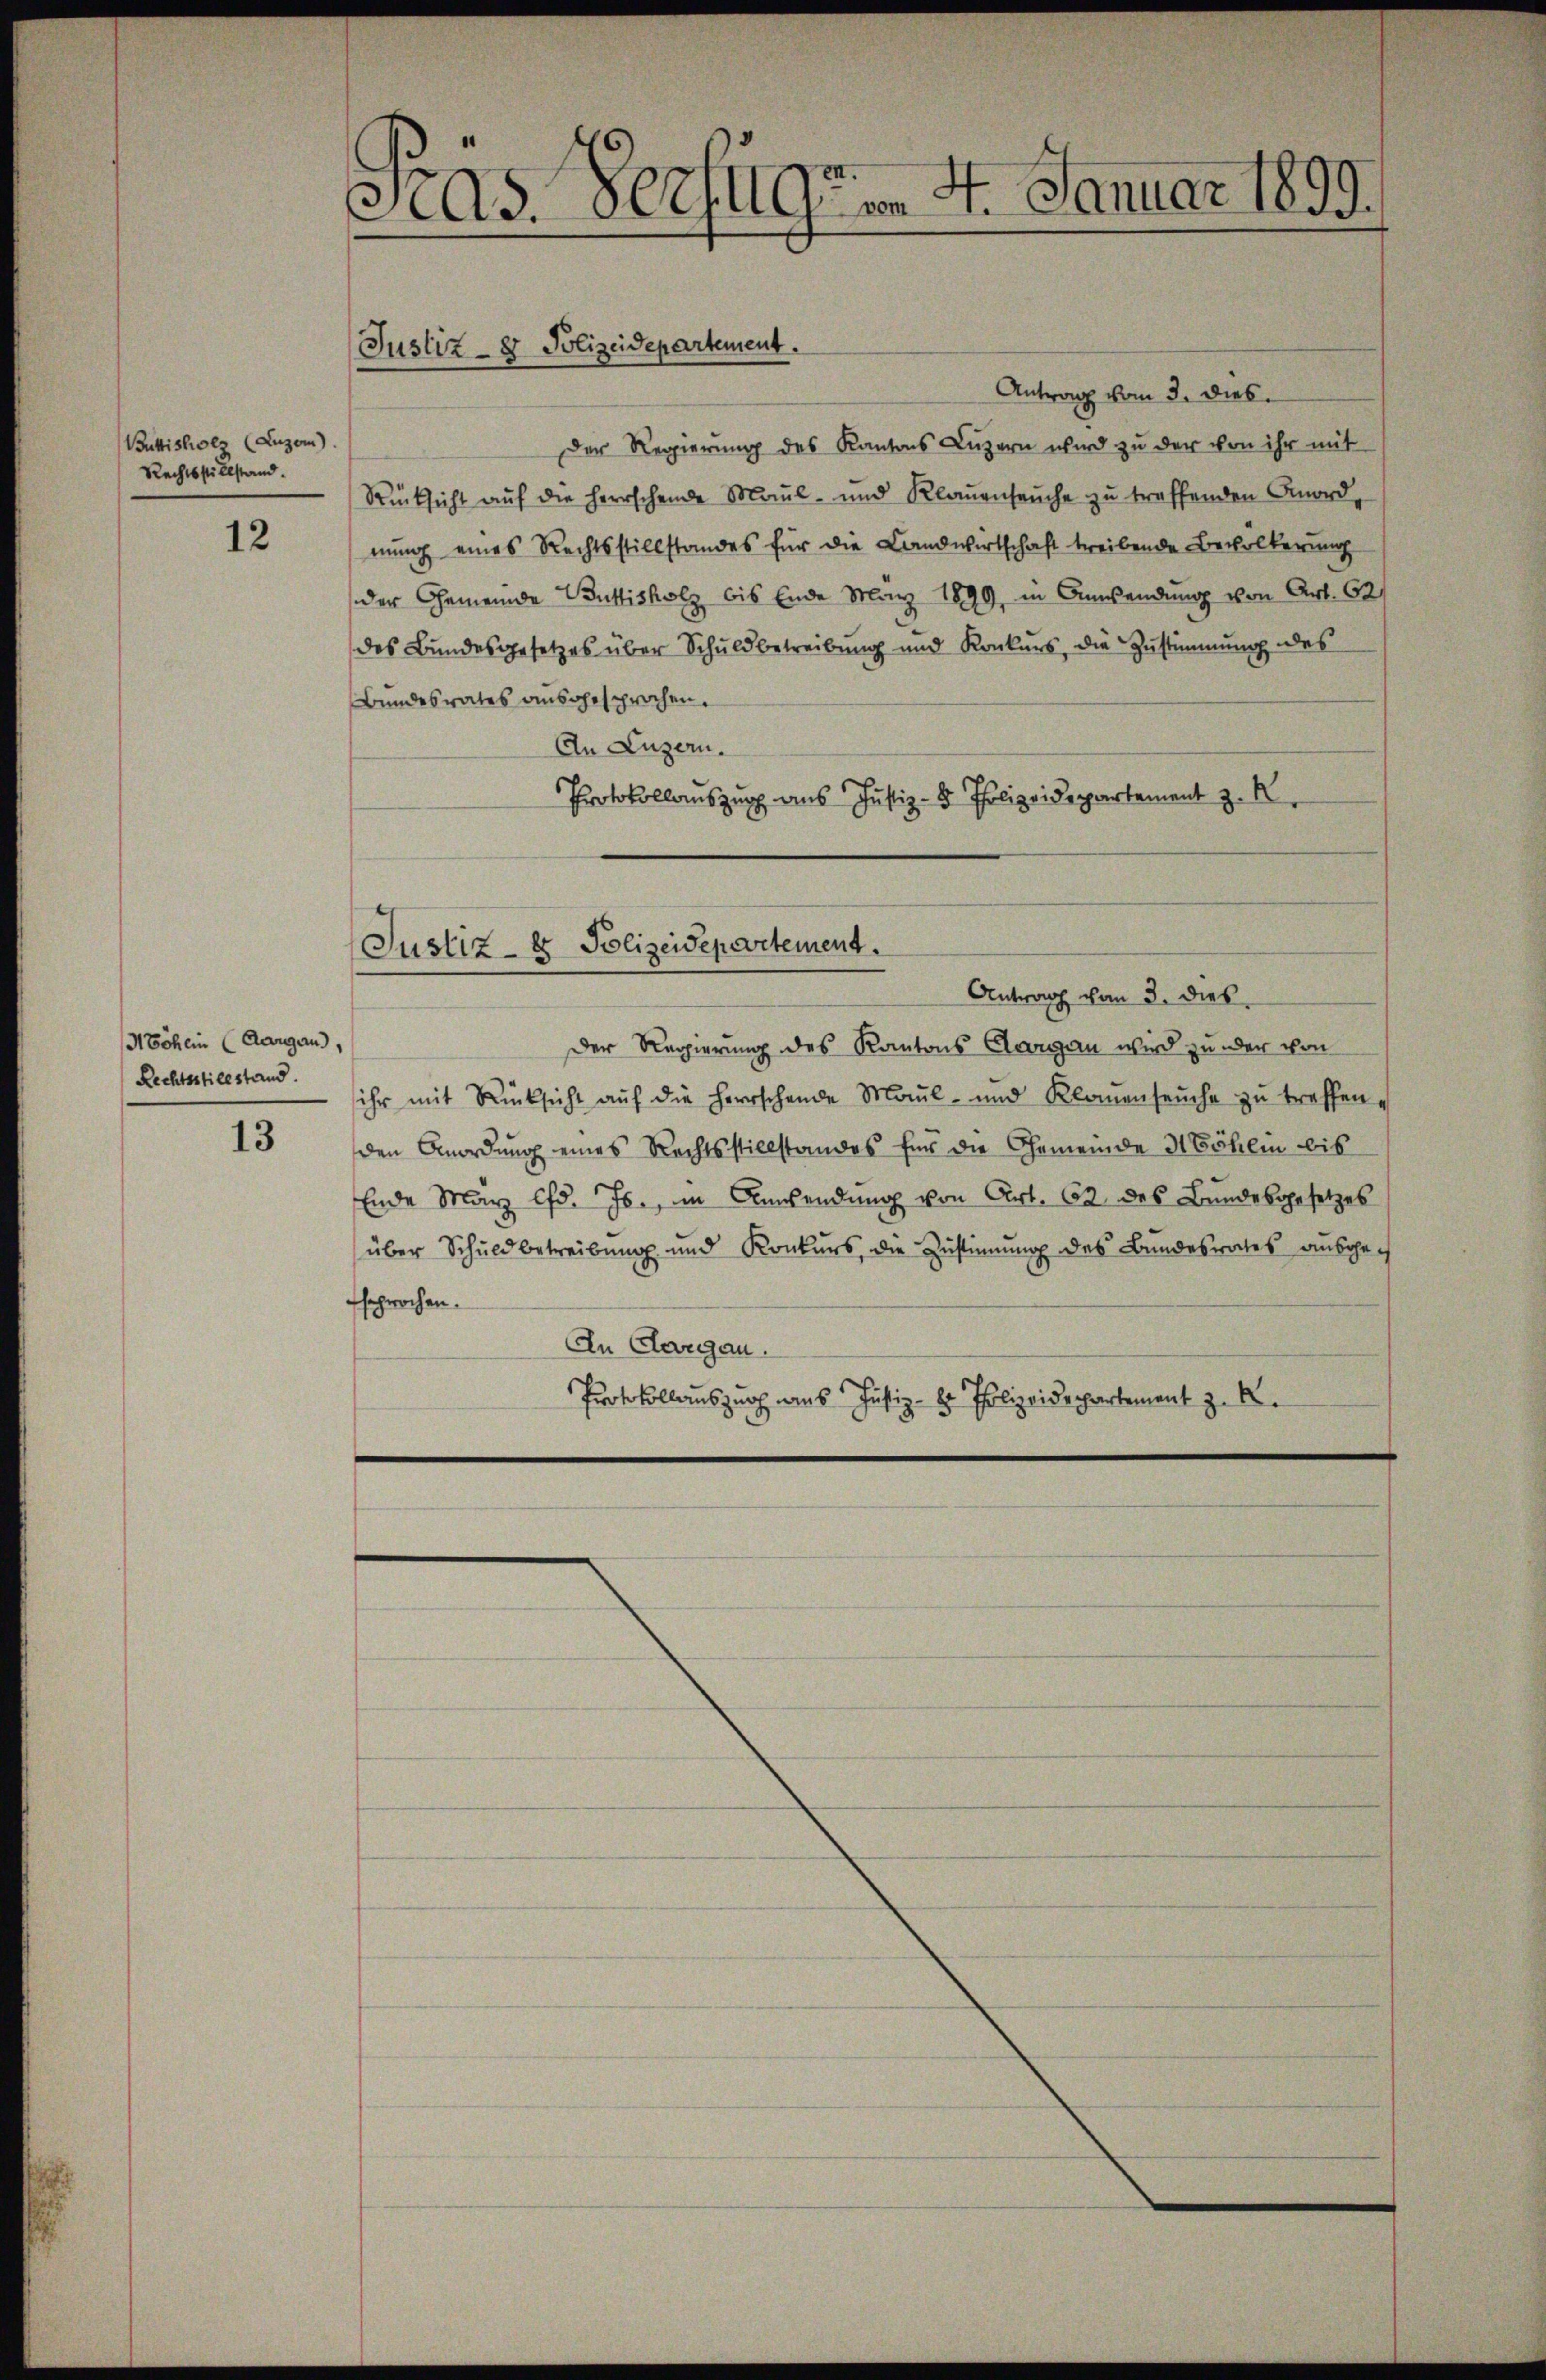
Büttisholz (Luzern).
Rechtsstillstand.

12

Möhein (Aargau,
Rechtsstillstand.

13

3A3. 802/19m 4. Januar 1899.

Justiz - 8 Polizeidepartement.

Antrag vom 3. dies
Der Regierung des Kantons Luzern wird zu der von ihr mit
Rücksicht auf die herrschende Maul- und Klauenseuche zu treffenden Anordnung eines Rechtsstillstandes für die Landwirtschaft treibende Bevölkerung
der Gemeinde Buttisholz bis Ende März 1899, in Anwendung von Art. 62
des Bundesgesetzes über Schuldbetreibung und Konkurs, die Zustimmung des
Bundesrates ausgesprochen.
An Luzern.
Protokollauszug aus Justiz- & Polizeidepartement z. R

Der Regierung des Kantons Aargau wird zu oder von
ihr mit Rücksicht aŭf die herrschende Maul- und Klaŭenseuche zŭ treffen.
den Anordnung eines Rechtsstillstandes für die Gemeinde Möhlin bis
Ende März lfd. Js., in Anwendung von Art. 62 des Bundesgesetzes
über Schuldbetreibung und Konkurs die Zustimung des Bundesrates ausgesprochen.
An Aargau.
Protokollauszug aus Justiz - Polizeidepartement z. R.

Justiz- & Polizeidepartement.
Antrag von 3. Dieb